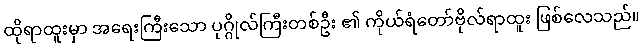
ထိုရာထူးမှာ အရေးကြီးသော ပုဂ္ဂိုလ်ကြီးတစ်ဦး ၏ ကိုယ်ရံတော်ဗိုလ်ရာထူး ဖြစ်လေသည်။